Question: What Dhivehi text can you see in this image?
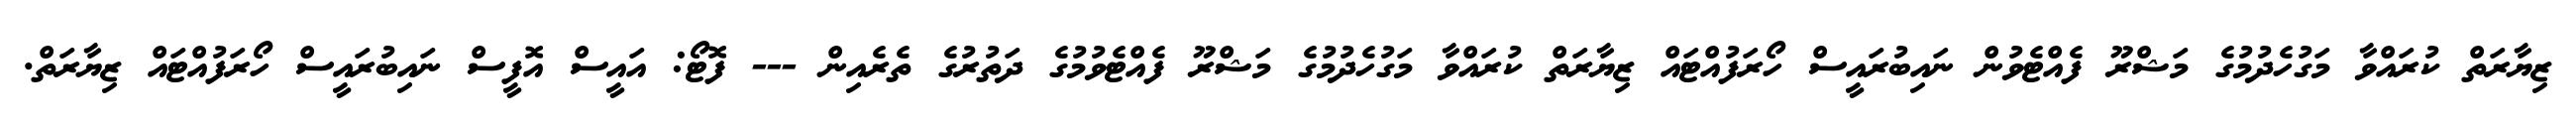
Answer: ޒިޔާރަތް ކުރައްވާ މަގުހެދުމުގެ މަޝްރޫ ފެއްޓެވުން ނައިބުރައީސް ހޯރަފުއްޓައް ޒިޔާރަތް ކުރައްވާ މަގުހެދުމުގެ މަޝްރޫ ފެއްޓެވުމުގެ ދަތުރުގެ ތެރެއިން --- ފޮޓޯ: އައީސް އޮފީސް ނައިބުރައީސް ހޯރަފުއްޓައް ޒިޔާރަތް.